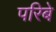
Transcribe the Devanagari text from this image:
परिबे